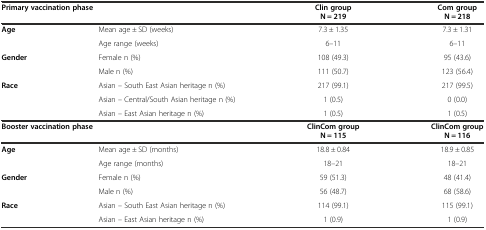
<table><thead><tr><td colspan="2"><b>Primary vaccination phase</b></td><td><b>Clin group</b></td><td><b>Com group</b></td></tr><tr><td></td><td></td><td><b>N = 219</b></td><td><b>N = 218</b></td></tr></thead><tbody><tr><td><b>Age</b></td><td>Mean age ± SD (weeks)</td><td>7.3 ± 1.35</td><td>7.3 ± 1.31</td></tr><tr><td></td><td>Age range (weeks)</td><td>6–11</td><td>6–11</td></tr><tr><td><b>Gender</b></td><td>Female n (%)</td><td>108 (49.3)</td><td>95 (43.6)</td></tr><tr><td></td><td>Male n (%)</td><td>111 (50.7)</td><td>123 (56.4)</td></tr><tr><td><b>Race</b></td><td>Asian – South East Asian heritage n (%)</td><td>217 (99.1)</td><td>217 (99.5)</td></tr><tr><td></td><td>Asian – Central/South Asian heritage n (%)</td><td>1 (0.5)</td><td>0 (0.0)</td></tr><tr><td></td><td>Asian – East Asian heritage n (%)</td><td>1 (0.5)</td><td>1 (0.5)</td></tr><tr><td colspan="2"><b>Booster vaccination phase</b></td><td><b>ClinCom group</b></td><td><b>ClinCom group</b></td></tr><tr><td></td><td></td><td><b>N = 115</b></td><td><b>N = 116</b></td></tr><tr><td><b>Age</b></td><td>Mean age ± SD (months)</td><td>18.8 ± 0.84</td><td>18.9 ± 0.85</td></tr><tr><td></td><td>Age range (months)</td><td>18–21</td><td>18–21</td></tr><tr><td><b>Gender</b></td><td>Female n (%)</td><td>59 (51.3)</td><td>48 (41.4)</td></tr><tr><td></td><td>Male n (%)</td><td>56 (48.7)</td><td>68 (58.6)</td></tr><tr><td><b>Race</b></td><td>Asian – South East Asian heritage n (%)</td><td>114 (99.1)</td><td>115 (99.1)</td></tr><tr><td></td><td>Asian – East Asian heritage n (%)</td><td>1 (0.9)</td><td>1 (0.9)</td></tr></tbody></table>